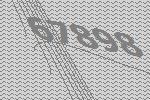
67898